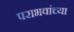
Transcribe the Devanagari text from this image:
पराभवांच्या